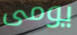
يومى